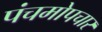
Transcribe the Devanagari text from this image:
पंचमोपचार